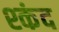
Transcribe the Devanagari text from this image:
श्कंद